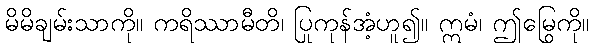
မိမိချမ်းသာကို။ ကရိဿာမီတိ၊ ပြုကုန်အံ့ဟူ၍။ ဣမံ၊ ဤမြွေကို။